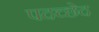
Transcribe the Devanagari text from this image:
पदच्‍छेद